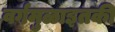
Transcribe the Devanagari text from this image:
वर्गमुळाइतकी